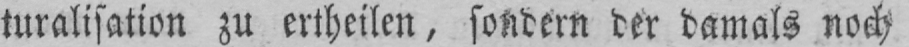
turalisation zu ertheilen, sondern der damals noch